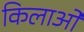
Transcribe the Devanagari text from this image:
किलाओं